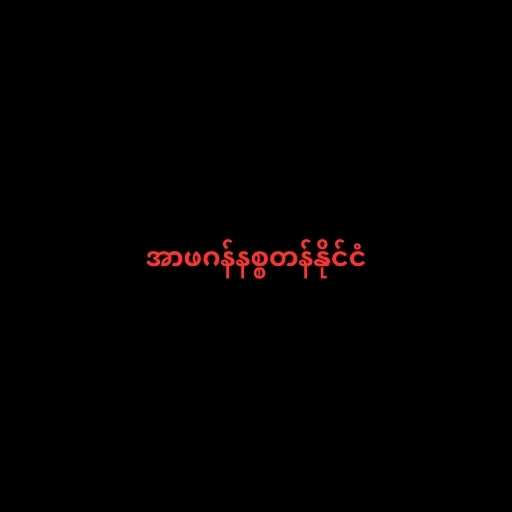
အာဖဂန်နစ္စတန်နိုင်ငံ